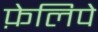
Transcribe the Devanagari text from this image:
फ़ेलिपे